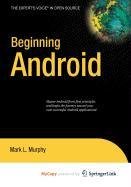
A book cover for Beginning Android; Mark Murphy; Computers & Technology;